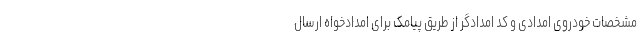
مشخصات خودروی امدادی و کد امدادگر از طریق پیامک برای امدادخواه ارسال